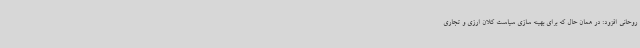
روحانی افزود: در همان حال که برای بهینه سازی سیاست کلان ارزی و تجاری